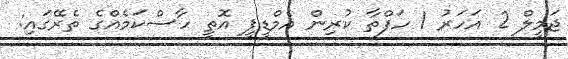
ޖަމީލް 2 އަހަރު 1 ހަފްތާ ކުރިން އެމްޑީޕީ އޮތީ ހާސްކަމެއްގެ ތެރޭގައި: